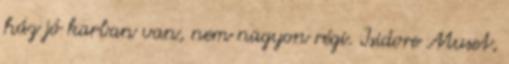
ház jó karban van, nem nagyon régi. Isidore Muset,